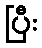
ပြီး